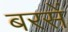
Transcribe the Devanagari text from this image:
बरसें